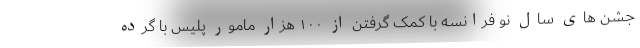
جشن های سال نو فرانسه با کمک گرفتن از ۱۰۰ هزار مامور پلیس با گرده